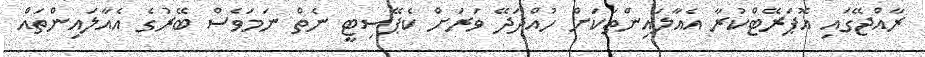
ރާއްޖޭގައި އޮޕަރޭޓްކުރާ އެއާލައިންތަކަށް ހުއްދަދޭ ވަރަށް ކެޕޭސިޓީ ނެތް ނަމަވެސް ބޭރުގެ އެއާލައިންތައް